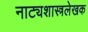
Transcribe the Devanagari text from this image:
नाट्यशास्त्रलेखक